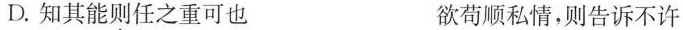
D.知其能则任之重可也 欲苟顺私情，则告诉不许